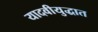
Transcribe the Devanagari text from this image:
यादवीयुद्धात